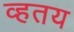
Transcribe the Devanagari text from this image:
व्हतय